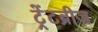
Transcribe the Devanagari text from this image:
ट्रेंटब्रीज